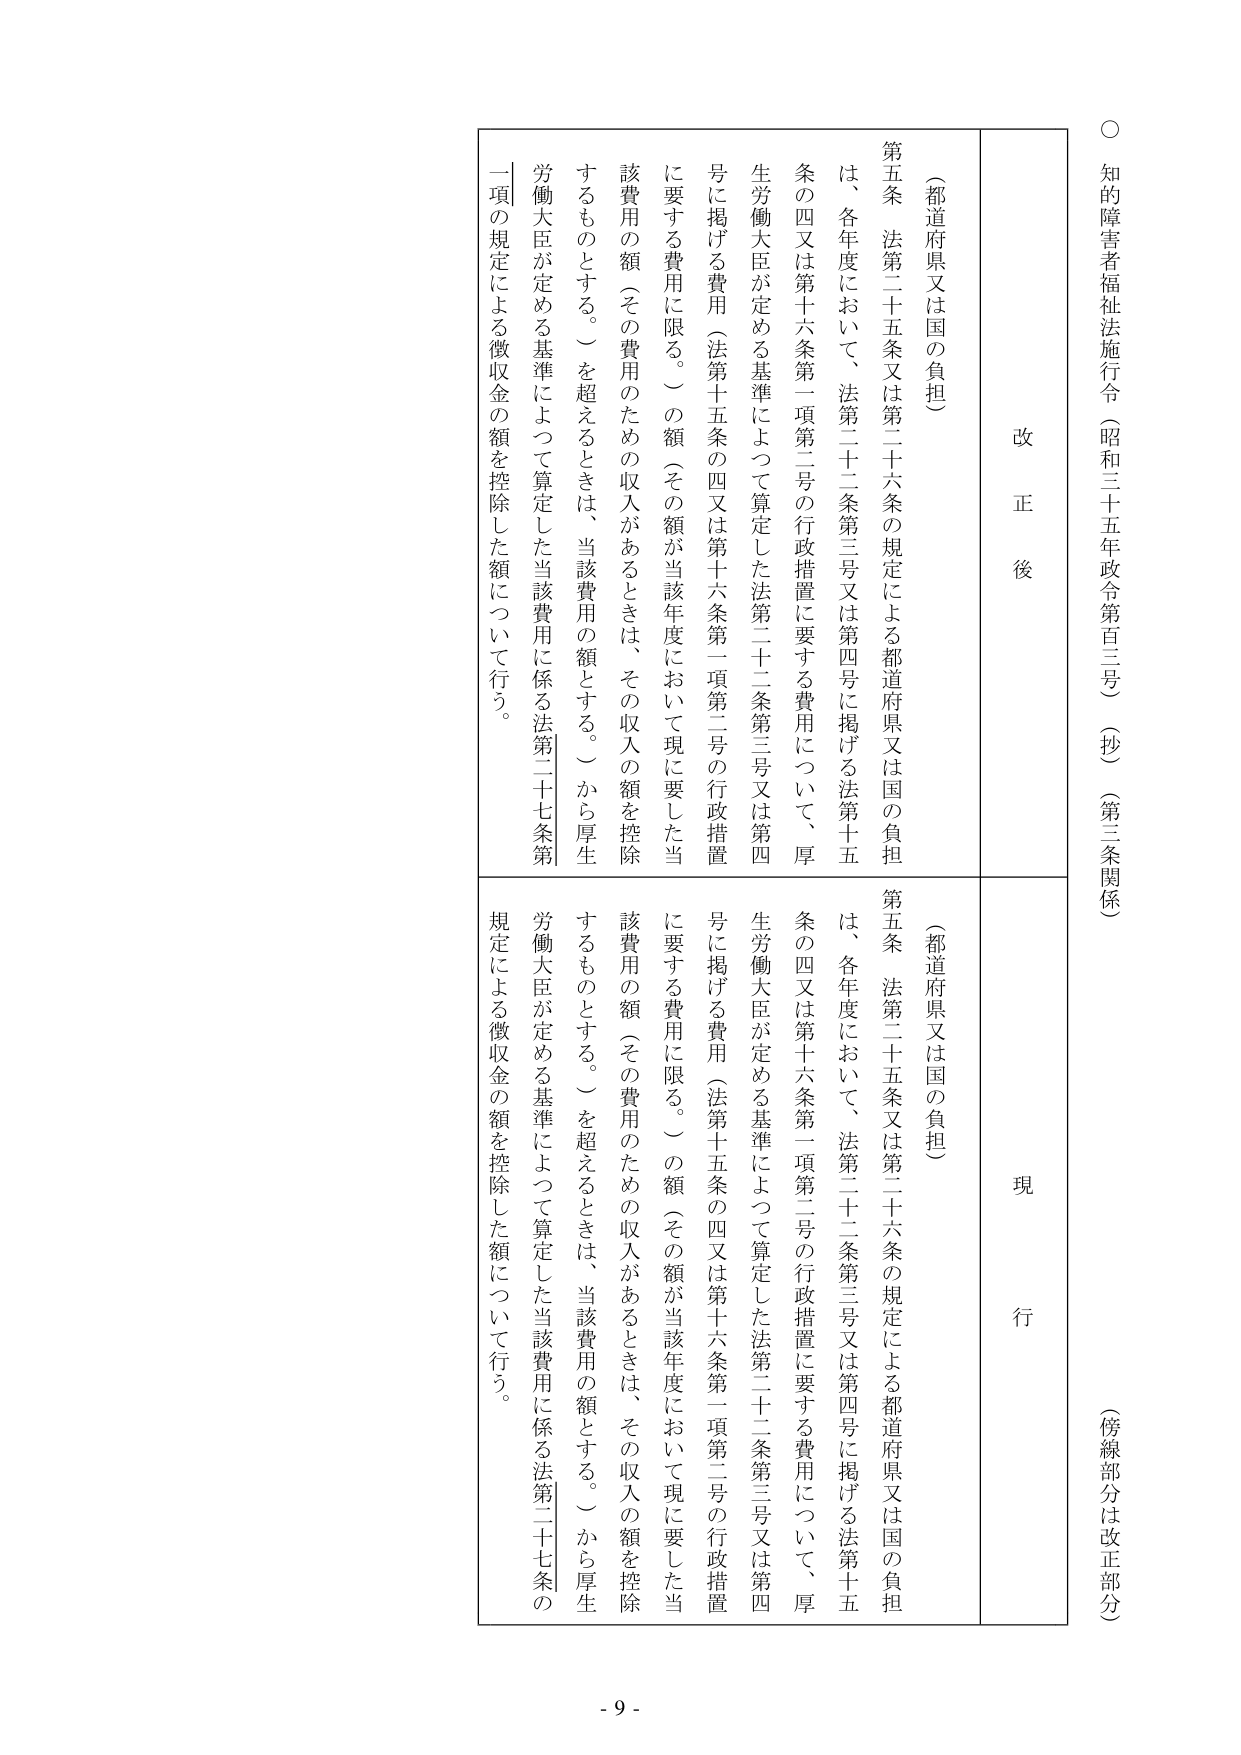
○ 知的障害者福祉法施行令（昭和三十五年政令第百三号）（抄）（第三条関係）
（傍線部分は改正部分）

改正後
（都道府県又は国の負担）
第五条 法第二十五条又は第二十六条の規定による都道府県又は国の負担は、各年度において、法第二十二条第三号又は第四号に掲げる法第十五条の四又は第十六条第一項第二号の行政措置に要する費用について、厚生労働大臣が定める基準によって算定した法第二十二条第三号又は第四号に掲げる費用（法第十五条の四又は第十六条第一項第二号の行政措置に要する費用に限る。）の額（その額が当該年度において現に要した当該費用の額（その費用のための収入があるときは、その収入の額を控除するものとする。）を超えるときは、当該費用の額とする。）から厚生労働大臣が定める基準によって算定した当該費用に係る法第二十七条第一項の規定による徴収金の額を控除した額について行う。

現行
（都道府県又は国の負担）
第五条 法第二十五条又は第二十六条の規定による都道府県又は国の負担は、各年度において、法第二十二条第三号又は第四号に掲げる法第十五条の四又は第十六条第一項第二号の行政措置に要する費用について、厚生労働大臣が定める基準によって算定した法第二十二条第三号又は第四号に掲げる費用（法第十五条の四又は第十六条第一項第二号の行政措置に要する費用に限る。）の額（その額が当該年度において現に要した当該費用の額（その費用のための収入があるときは、その収入の額を控除するものとする。）を超えるときは、当該費用の額とする。）から厚生労働大臣が定める基準によって算定した当該費用に係る法第二十七条の規定による徴収金の額を控除した額について行う。

- 9 -